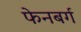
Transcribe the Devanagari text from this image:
फेनबर्ग